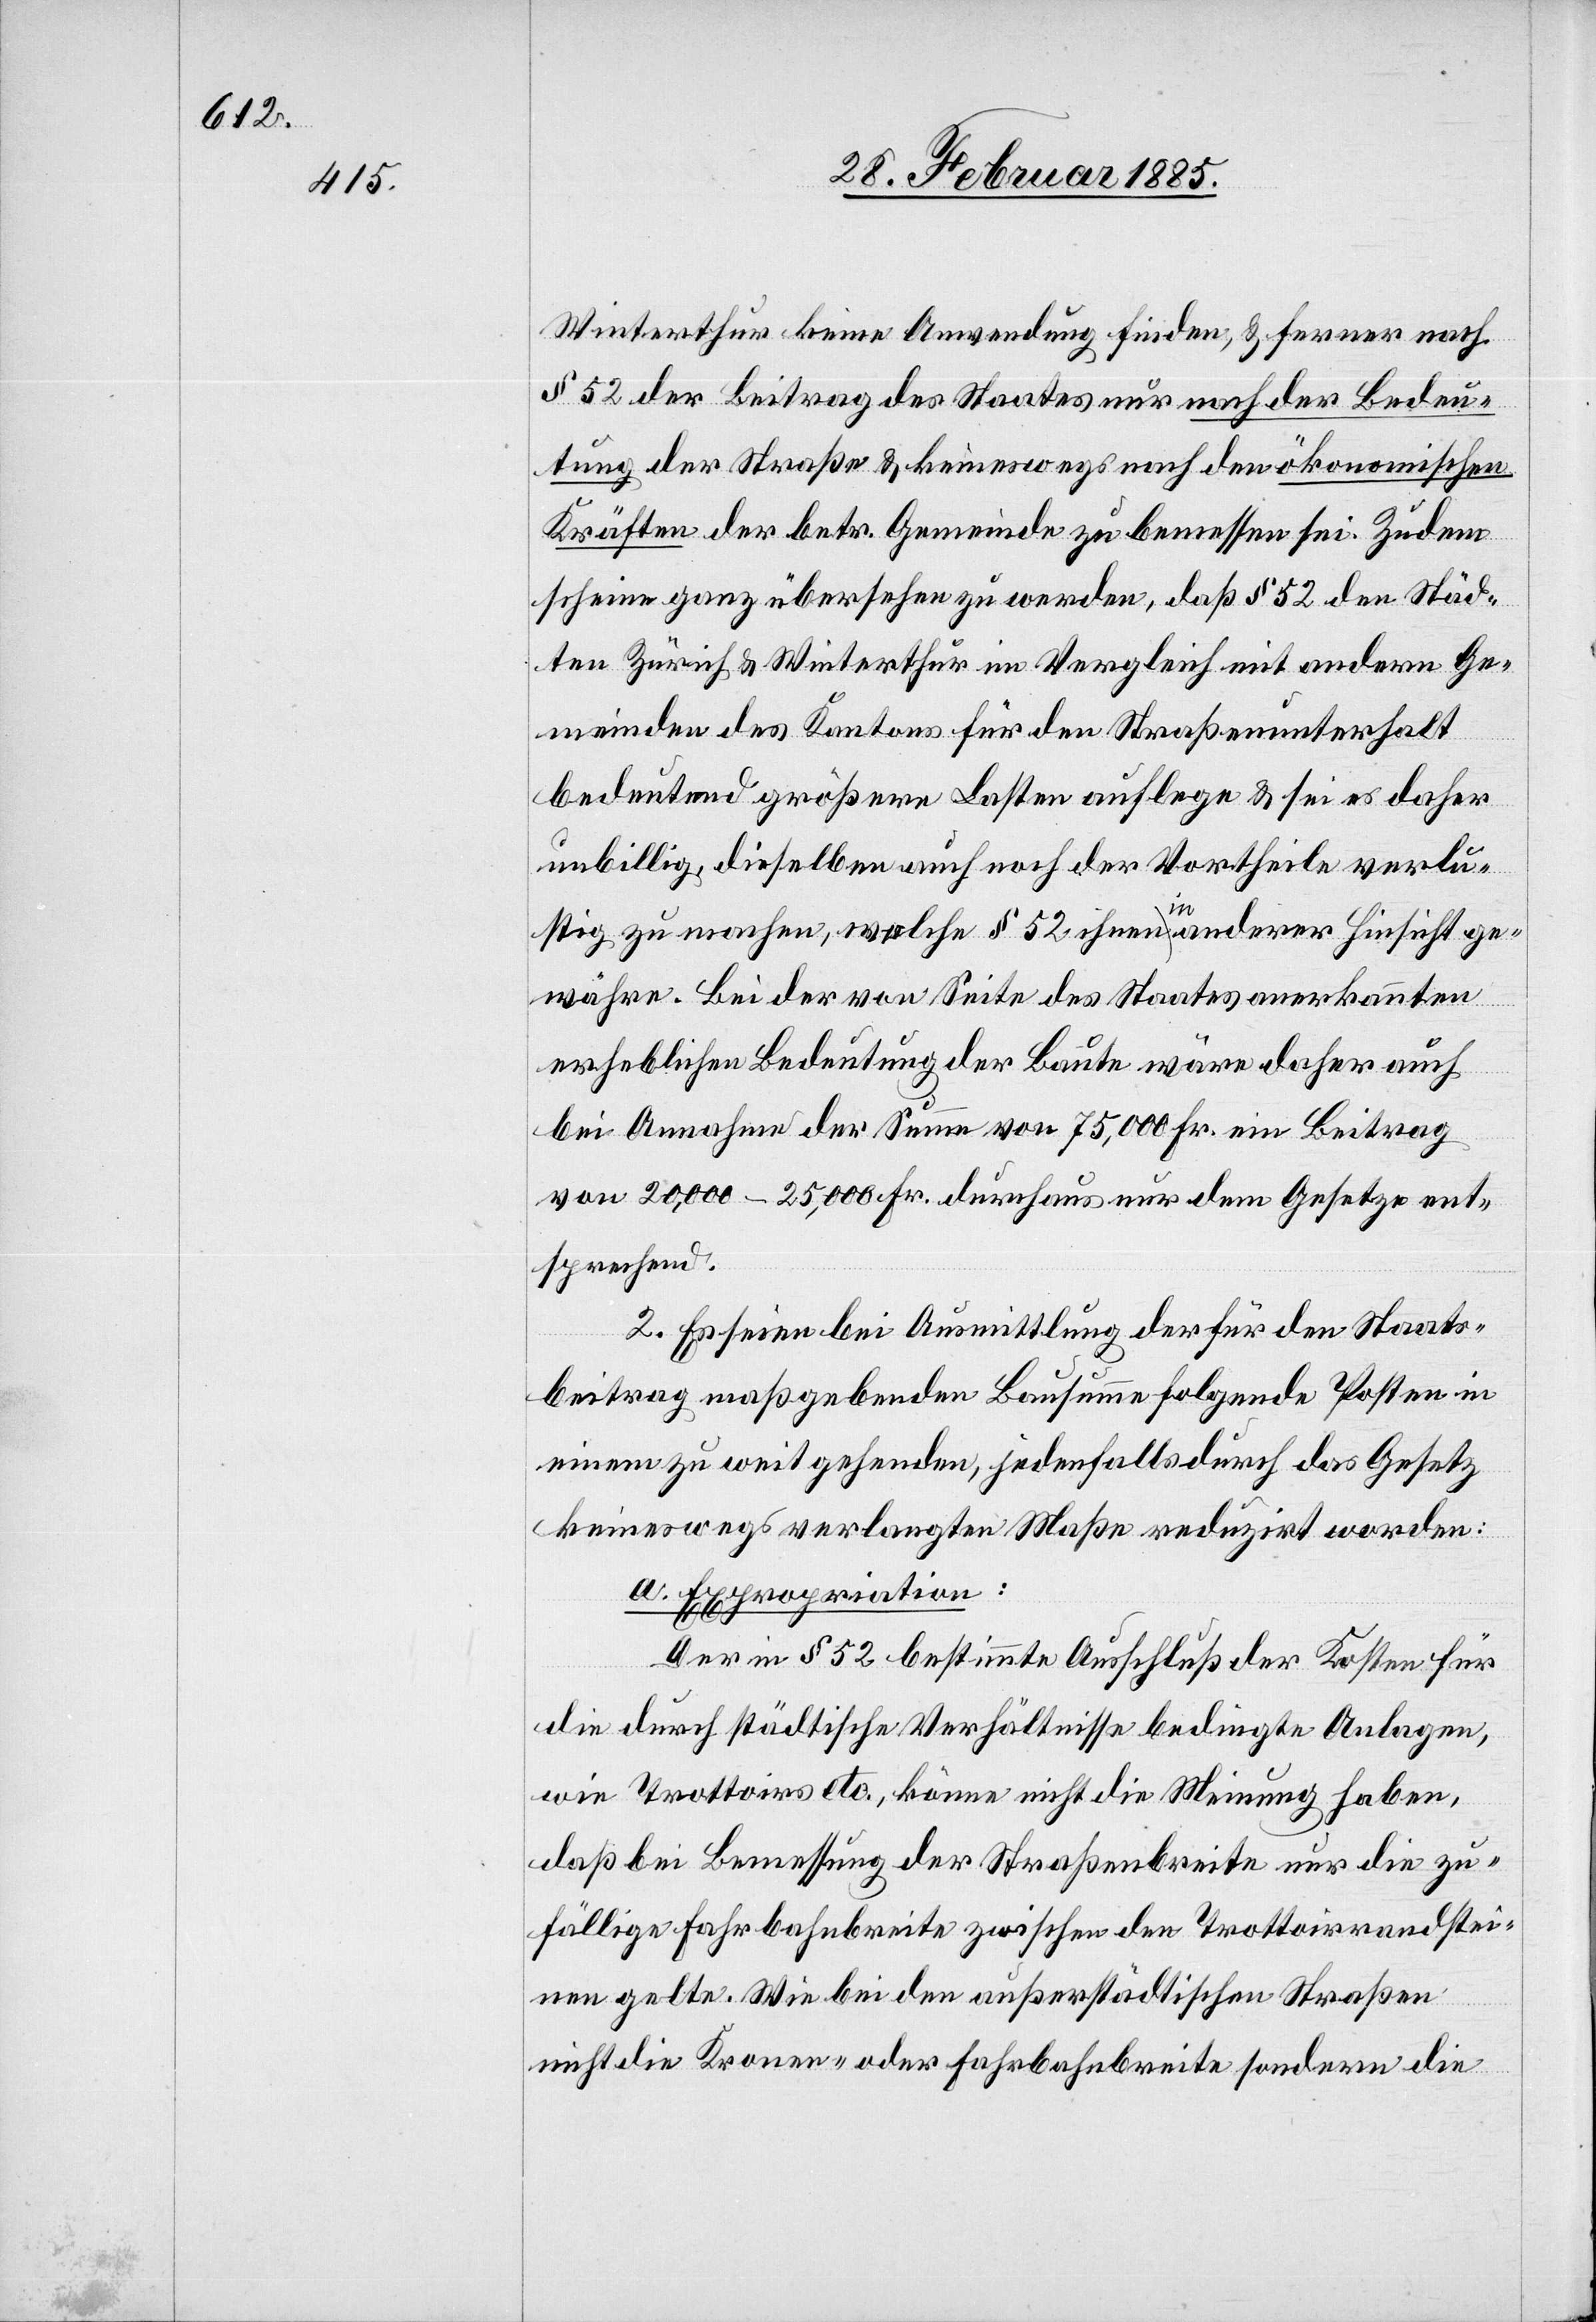
Winterthur keine Anwendung finden, & ferner nach
§ 52 der Beitrag des Staates nur nach der Bedeu¬
tung der Straße & keineswegs nach den ökonomischen
Kräften der betr. Gemeinde zu bemessen sei. Zudem
scheine ganz übersehen zu werden, daß § 52 den Städ¬
ten Zürich & Winterthur im Vergleich mit andern Ge¬
meinden des Kantons für den Straßenunterhalt
bedeutend größere Lasten auflege & sei es daher
unbillig, dieselben auch noch der Vortheile verlu¬
stig zu machen, welche § 52 ihnen in anderer Hinsicht ge¬
währe. Bei der von Seite des Staates anerkannten
erheblichen Bedeutung der Baute wäre daher auch
bei Annahme der Summe von 75,000 Fr. ein Beitrag
von 20,000 –25,000 Fr. durchaus nur dem Gesetze ent¬
sprechend.
2. Es seien bei Ausmittlung der für den Staats¬
beitrag maßgebenden Bausumme folgende Posten in
einen zu weit gehenden, jedenfalls durch das Gesetz
keineswegs verlangten Maße reduzirt worden:
a. Expropriation:
Der in § 52 bestimmte Ausschluß der Kosten für
die durch städtische Verhältnisse bedingte Anlagen,
wie Trottoirs etc. könne nicht die Meinung haben,
daß bei Bemessung der Straßenbreite nur die zu¬
fällige Fahrbahnbreite zwischen den Trottoirrandstei¬
nen gelte. Wie die den außerstädtischen Straßen
nicht die Kronen- oder Fahrbahnbreite sondern die